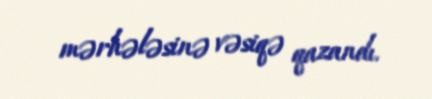
mərhələsinə vəsiqə qazandı.